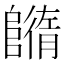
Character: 𨼕